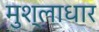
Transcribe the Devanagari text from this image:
मुश्लाधार